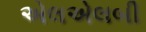
એલએલબી